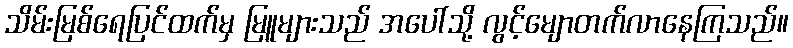
သိမ်းမြစ်ရေပြင်ထက်မှ မြူများသည် အပေါ်သို့ လွင့်မျောတက်လာနေကြသည်။